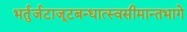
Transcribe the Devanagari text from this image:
भर्तुर्जटाजूटबन्धात्स्वसीमान्तभागे